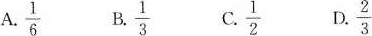
A.$$\frac{ 1 }{ 6 }$$B.$$\frac{ 1 }{ 3 }$$C.$$\frac{ 1 }{ 2 }$$D.$$\frac{ 2 }{ 3 }